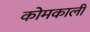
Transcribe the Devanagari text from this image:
कोमकाली